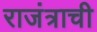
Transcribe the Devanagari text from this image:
राजंत्राची